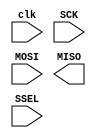
module SPI_master(clk, SCK, MOSI, MISO, SSEL);
input clk;

input SCK, SSEL, MOSI;
output MISO;

// sync SCK to the FPGA clock using a 3-bits shift register
reg [2:0] SCKr;  always @(posedge clk) SCKr <= {SCKr[1:0], SCK};
wire SCK_risingedge = (SCKr[2:1]==2'b01);  // now we can detect SCK rising edges
wire SCK_fallingedge = (SCKr[2:1]==2'b10);  // and falling edges

// same thing for SSEL
reg [2:0] SSELr;  always @(posedge clk) SSELr <= {SSELr[1:0], SSEL};
wire SSEL_active = ~SSELr[1];  // SSEL is active low
wire SSEL_startmessage = (SSELr[2:1]==2'b10);  // message starts at falling edge
wire SSEL_endmessage = (SSELr[2:1]==2'b01);  // message stops at rising edge

// and for MOSI
reg [1:0] MOSIr;  always @(posedge clk) MOSIr <= {MOSIr[0], MOSI};
wire MOSI_data = MOSIr[1];




// we handle SPI in 8-bits format, so we need a 3 bits counter to count the bits as they come in
reg [2:0] bitcnt;

reg byte_received;  // high when a byte has been received
reg [7:0] byte_data_received;

always @(posedge clk)
begin
  if(~SSEL_active)
    bitcnt <= 3'b000;
  else
  if(SCK_risingedge)
  begin
    bitcnt <= bitcnt + 3'b001;

    // implement a shift-left register (since we receive the data MSB first)
    byte_data_received <= {byte_data_received[6:0], MOSI_data};
  end
end

always @(posedge clk) byte_received <= SSEL_active && SCK_risingedge && (bitcnt==3'b111);

// we use the LSB of the data received to control an LED
//reg LED;
//always @(posedge clk) if(byte_received) LED <= byte_data_received[0];

endmodule